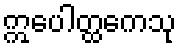
ဣပေါတ္ထကေသု